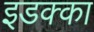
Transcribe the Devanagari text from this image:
इडक्‍का